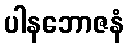
ပါနဘောဇနံ